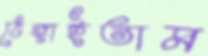
ঠেঙ্গাইতাম